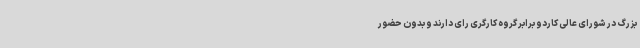
بزرگ در شورای عالی کاردو برابر گروه کارگری رای دارند و بدون حضور